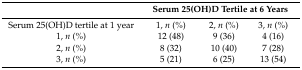
|  | <COLSPAN=3> Serum 25(OH)D Tertile at 6 Years |
 | --- | --- | --- | --- |
 | Serum 25(OH)D tertile at 1 year | 1, n (%) | 2, n (%) | 3, n (%) |
 | 1, n (%) | 12 (48) | 9 (36) | 4 (16) |
 | 2, n (%) | 8 (32) | 10 (40) | 7 (28) |
 | 3, n (%) | 5 (21) | 6 (25) | 13 (54) |